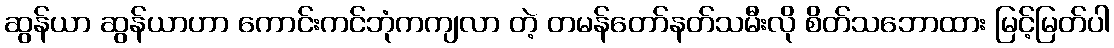
ဆွန်ယာ ဆွန်ယာဟာ ကောင်းကင်ဘုံကကျလာ တဲ့ တမန်တော်နတ်သမီးလို စိတ်သဘောထား မြင့်မြတ်ပါ